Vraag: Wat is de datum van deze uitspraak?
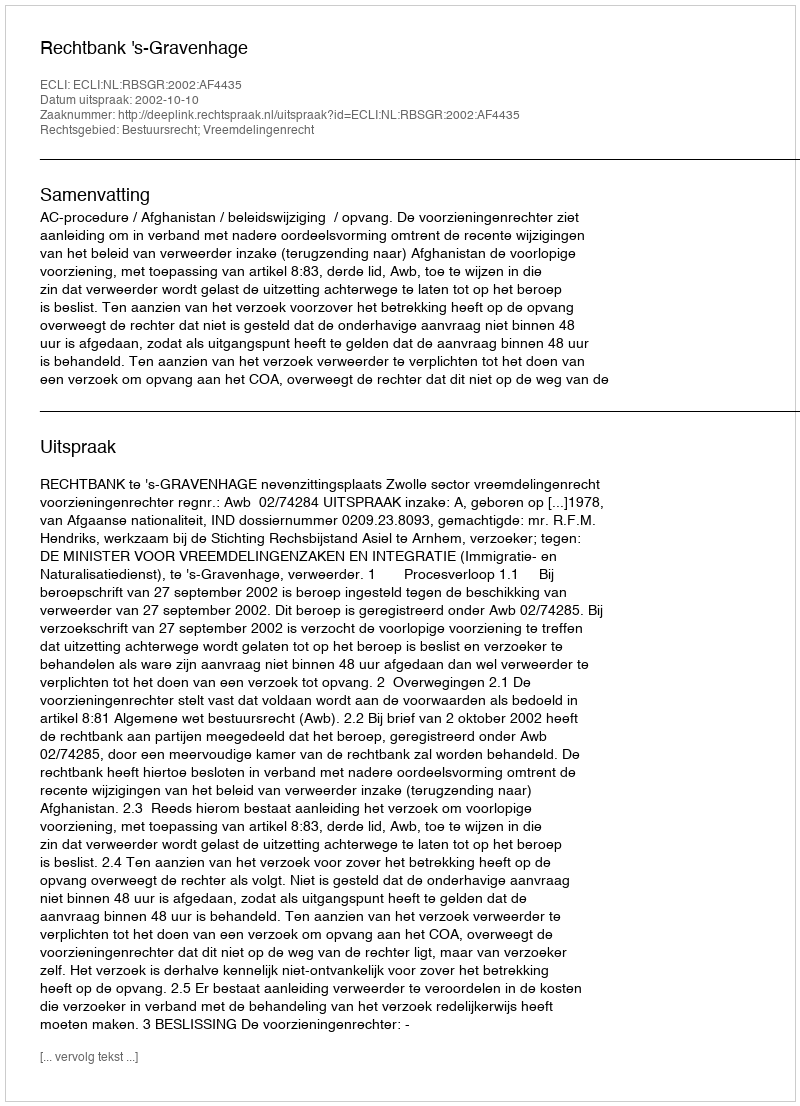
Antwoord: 2002-10-10